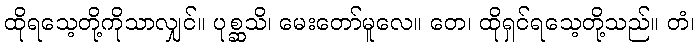
ထိုရသေ့တို့ကိုသာလျှင်။ ပုစ္ဆသိ၊ မေးတော်မူလေ။ တေ၊ ထိုရှင်ရသေ့တို့သည်။ တံ၊